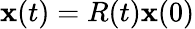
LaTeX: {\mathbf x}(t)=R(t){\mathbf x}(0)